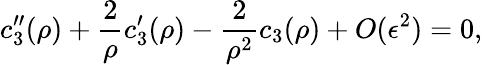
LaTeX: c_{3}^{\prime\prime}(\rho)+\frac{2}{\rho}c_{3}^{\prime}(\rho)-\frac{2}{\rho^{2}}c_{3}(\rho)+O(\epsilon^{2})=0,